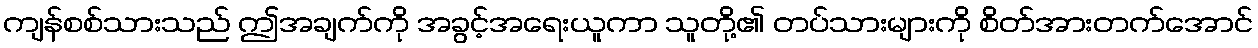
ကျန်စစ်သားသည် ဤအချက်ကို အခွင့်အရေးယူကာ သူတို့၏ တပ်သားများကို စိတ်အားတက်အောင်